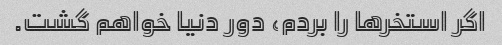
اگر استخرها را بردم، دور دنیا خواهم گشت.